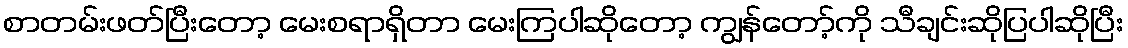
စာတမ်းဖတ်ပြီးတော့ မေးစရာရှိတာ မေးကြပါဆိုတော့ ကျွန်တော့်ကို သီချင်းဆိုပြပါဆိုပြီး